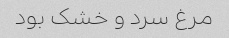
مرغ سرد و خشک بود